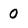
Character: 0